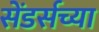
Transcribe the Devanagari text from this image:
सेंडर्सच्या